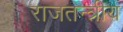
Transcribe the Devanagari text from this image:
राजतन्त्रीय